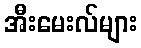
အီးမေးလ်များ